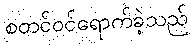
စတင်ဝင်ရောက်ခဲ့သည်